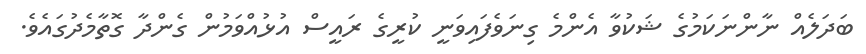
ބަދަލެއް ނާންނަކަމުގެ ޝަކުވާ އެންމެ ގިނަވެފައިވަނީ ކުރީގެ ރައީސް އުޅުއްވަމުން ގެންދާ ގޮތާމެދުގައެވެ.